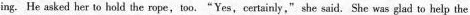
ing. He asked her to hold the rope,too."Yes,certainly," she said. She was glad to help the